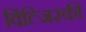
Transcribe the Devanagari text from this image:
विंल्जिस्की